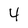
Character: 4